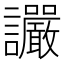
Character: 讝